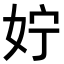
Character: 𪥰